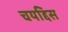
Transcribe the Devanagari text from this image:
चयद्दिस